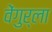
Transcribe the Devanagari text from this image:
वेेंगुर्ला